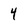
Character: 4